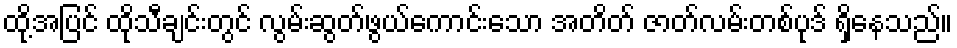
ထို့အပြင် ထိုသီချင်းတွင် လွမ်းဆွတ်ဖွယ်ကောင်းသော အတိတ် ဇာတ်လမ်းတစ်ပုဒ် ရှိနေသည်။